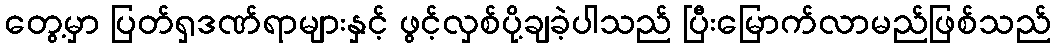
တွေ့မှာ ပြတ်ရှဒဏ်ရာများနှင့် ဖွင့်လှစ်ပို့ချခဲ့ပါသည် ပြီးမြောက်လာမည်ဖြစ်သည်